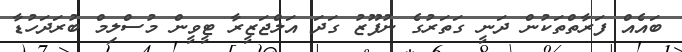
ބައެއް ފަރާތްތަކުން ދަނީ ގަތަރުގެ ނުފޫޒު ގަދަ އަލްޖަޒީރާ ޓީވީން މުސްލިމް ބުރަދަހުޑާ